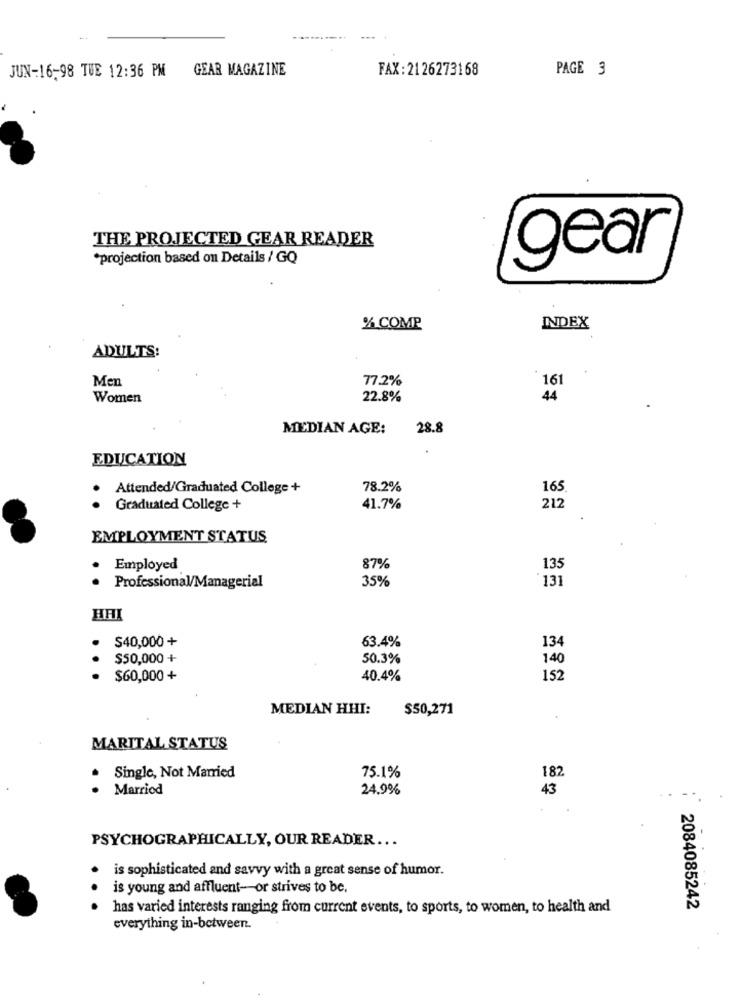
JUN-16-98 TUE 12:36 PM GEAR MAGAZINE
FAX: 2126273168
PAGE 3
THE PROJECTED GEAR READER
*projection based on Details / GQ
gear
% COMP
INDEX
ADULTS:
Men
77.2%
16
Women
22.8%
44
MEDIAN AGE:
28.8
EDUCATION
Attended/Graduated College +
78.2%
165
Graduated College +
41.7%
212
EMPLOYMENT STATUS
Employed
87%
135
35%
Professional/Managerial
HAI
$40,000 +
63.4%
134
$50,000 +
50.3%
140
$60,000 +
40.4%
152
MEDIAN HHI:
$50,271
.
MARITAL STATUS
Single, Not Married
75.1%
.
182
.
Marriod
24,9%
43
PSYCHOGRAPHICALLY, OUR READER ...
is sophisticated and savvy with a great sense of humor.
is young and affluent- or strives to be.
has varied interests ranging from current events, to sports, to women, to health and
2084085242
everything in-between.